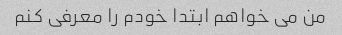
من می خواهم ابتدا خودم را معرفی کنم